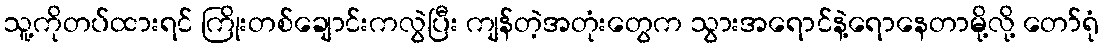
သူ့ကိုတပ်ထားရင် ကြိုးတစ်ချောင်းကလွဲပြီး ကျန်တဲ့အတုံးတွေက သွားအရောင်နဲ့ရောနေတာမို့လို့ တော်ရုံ